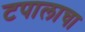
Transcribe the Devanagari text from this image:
टपालाचा